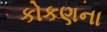
કોકણના